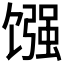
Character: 𫗳